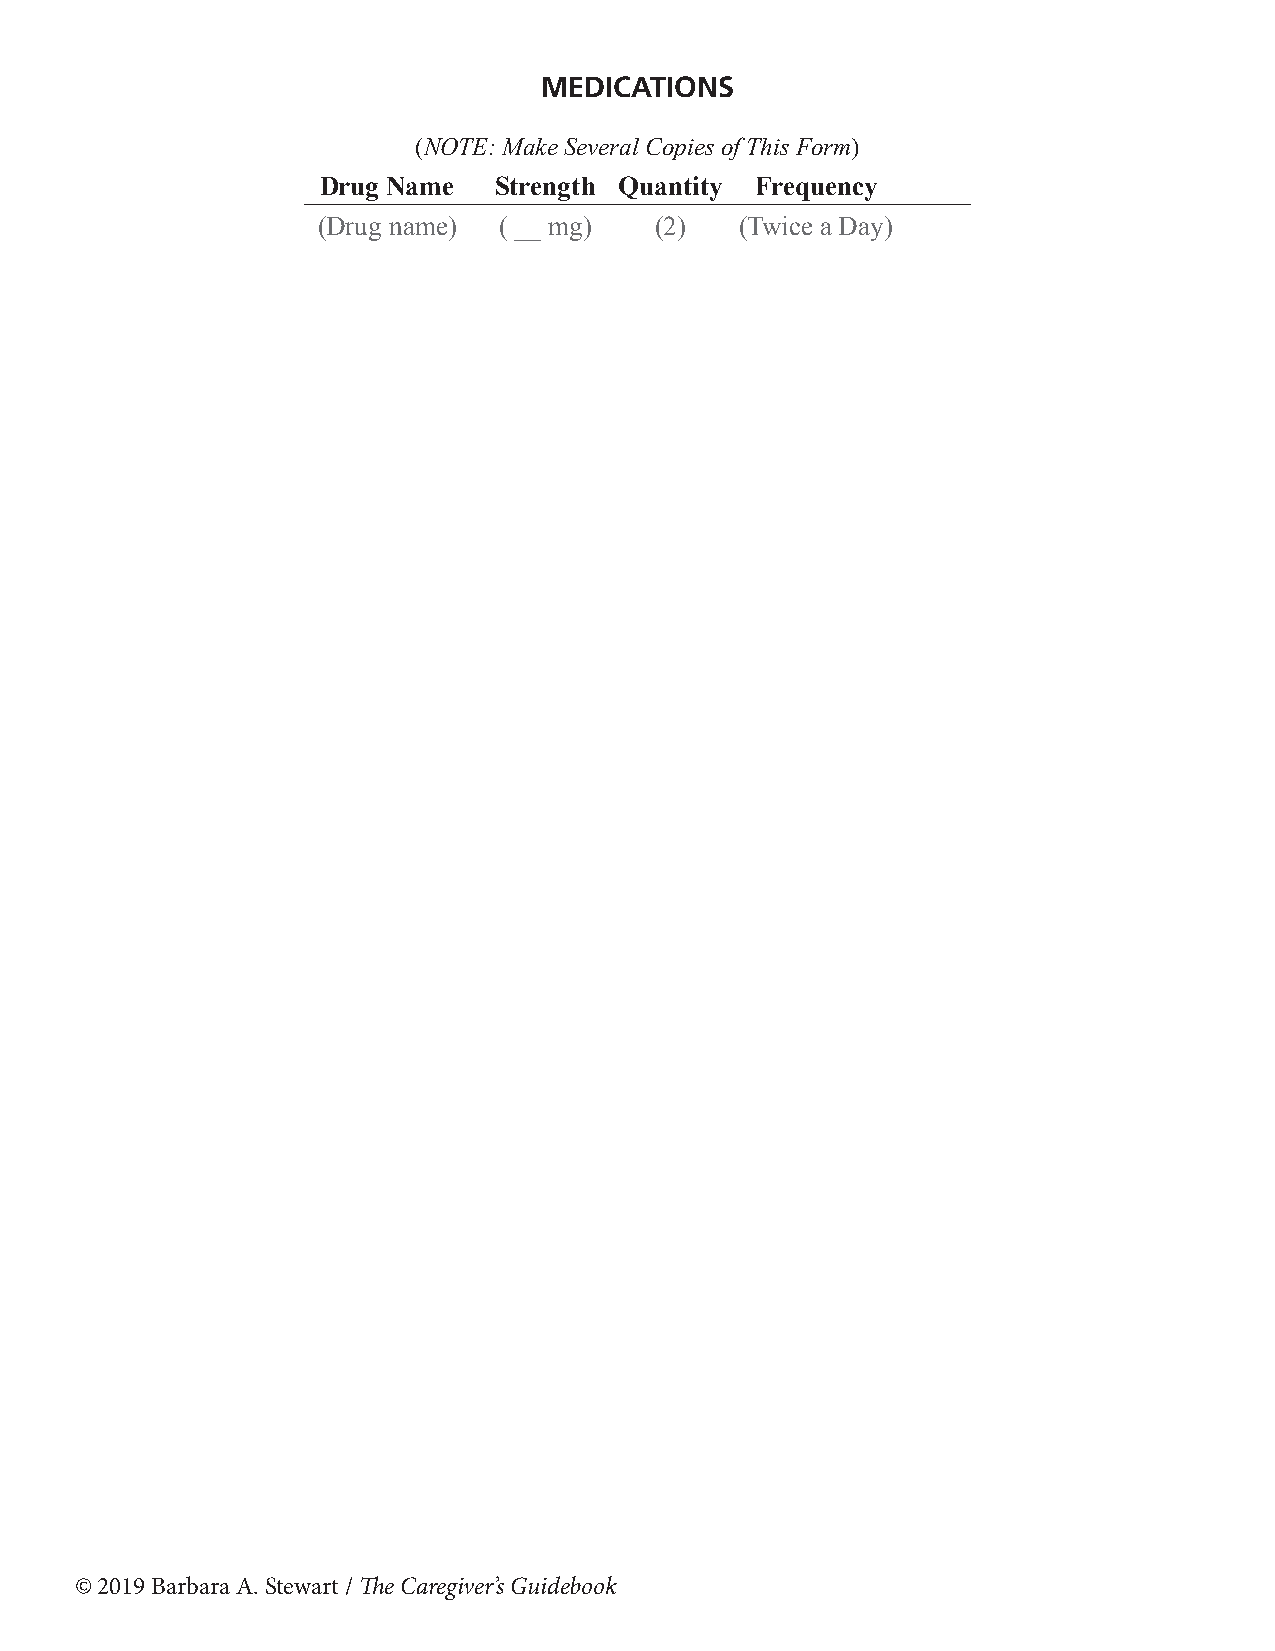
MEDICATIONS
 (NOTE: Make Several Copies of This Form)
 Drug Name   Strength Quantity Frequency
 (Drug name) ( __ mg)  (2)   (Twice a Day)
 © 2019 Barbara A. Stewart / The Caregiver’s Guidebook